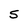
Character: S